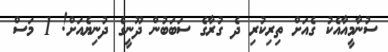
ސުނާމީއާއެކު ގެއަށް ތިރިކުރި ދެ ގުރާގެ ސަބަބުން ދޫނީގެ ދުނިޔެއަށް! 1 މަސް